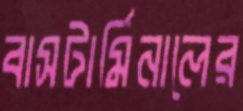
বাসটার্মিনালের